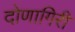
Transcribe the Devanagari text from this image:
दोणागिरी